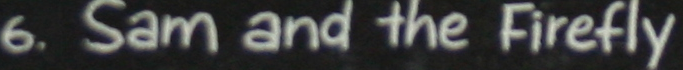
6. Sam and the Firefly